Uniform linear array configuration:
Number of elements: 24
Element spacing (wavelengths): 0.75
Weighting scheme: hann
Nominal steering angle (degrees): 45
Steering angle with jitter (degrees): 43.02
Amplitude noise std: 0.05
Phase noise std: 0.05

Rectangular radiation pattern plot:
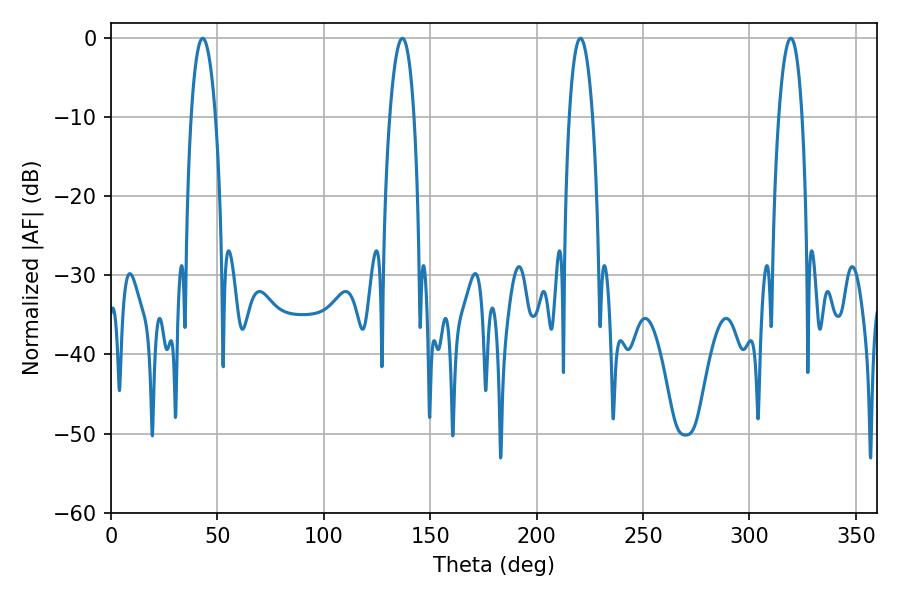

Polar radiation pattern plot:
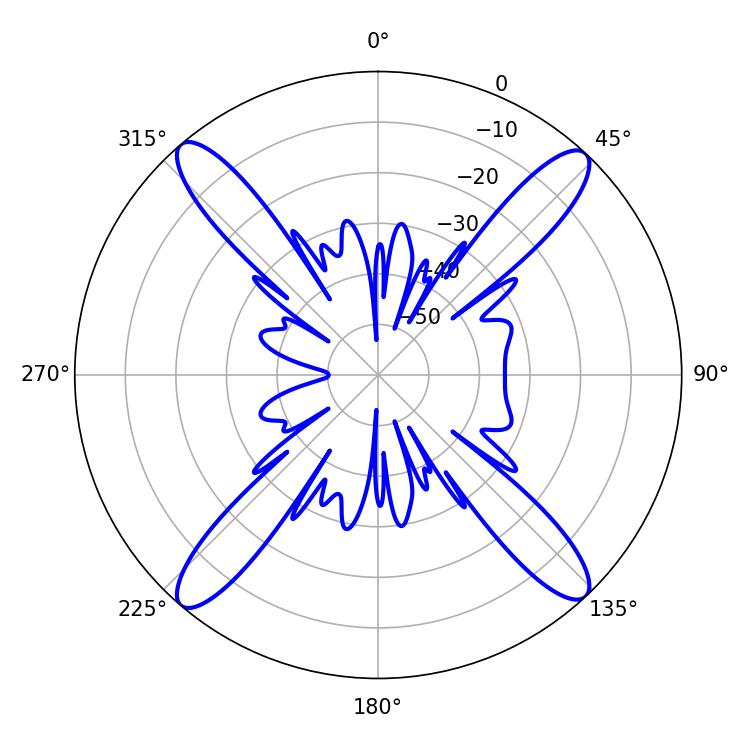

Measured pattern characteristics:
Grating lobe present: TRUE
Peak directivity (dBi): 21.476
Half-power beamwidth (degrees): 6.12
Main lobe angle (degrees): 220.5